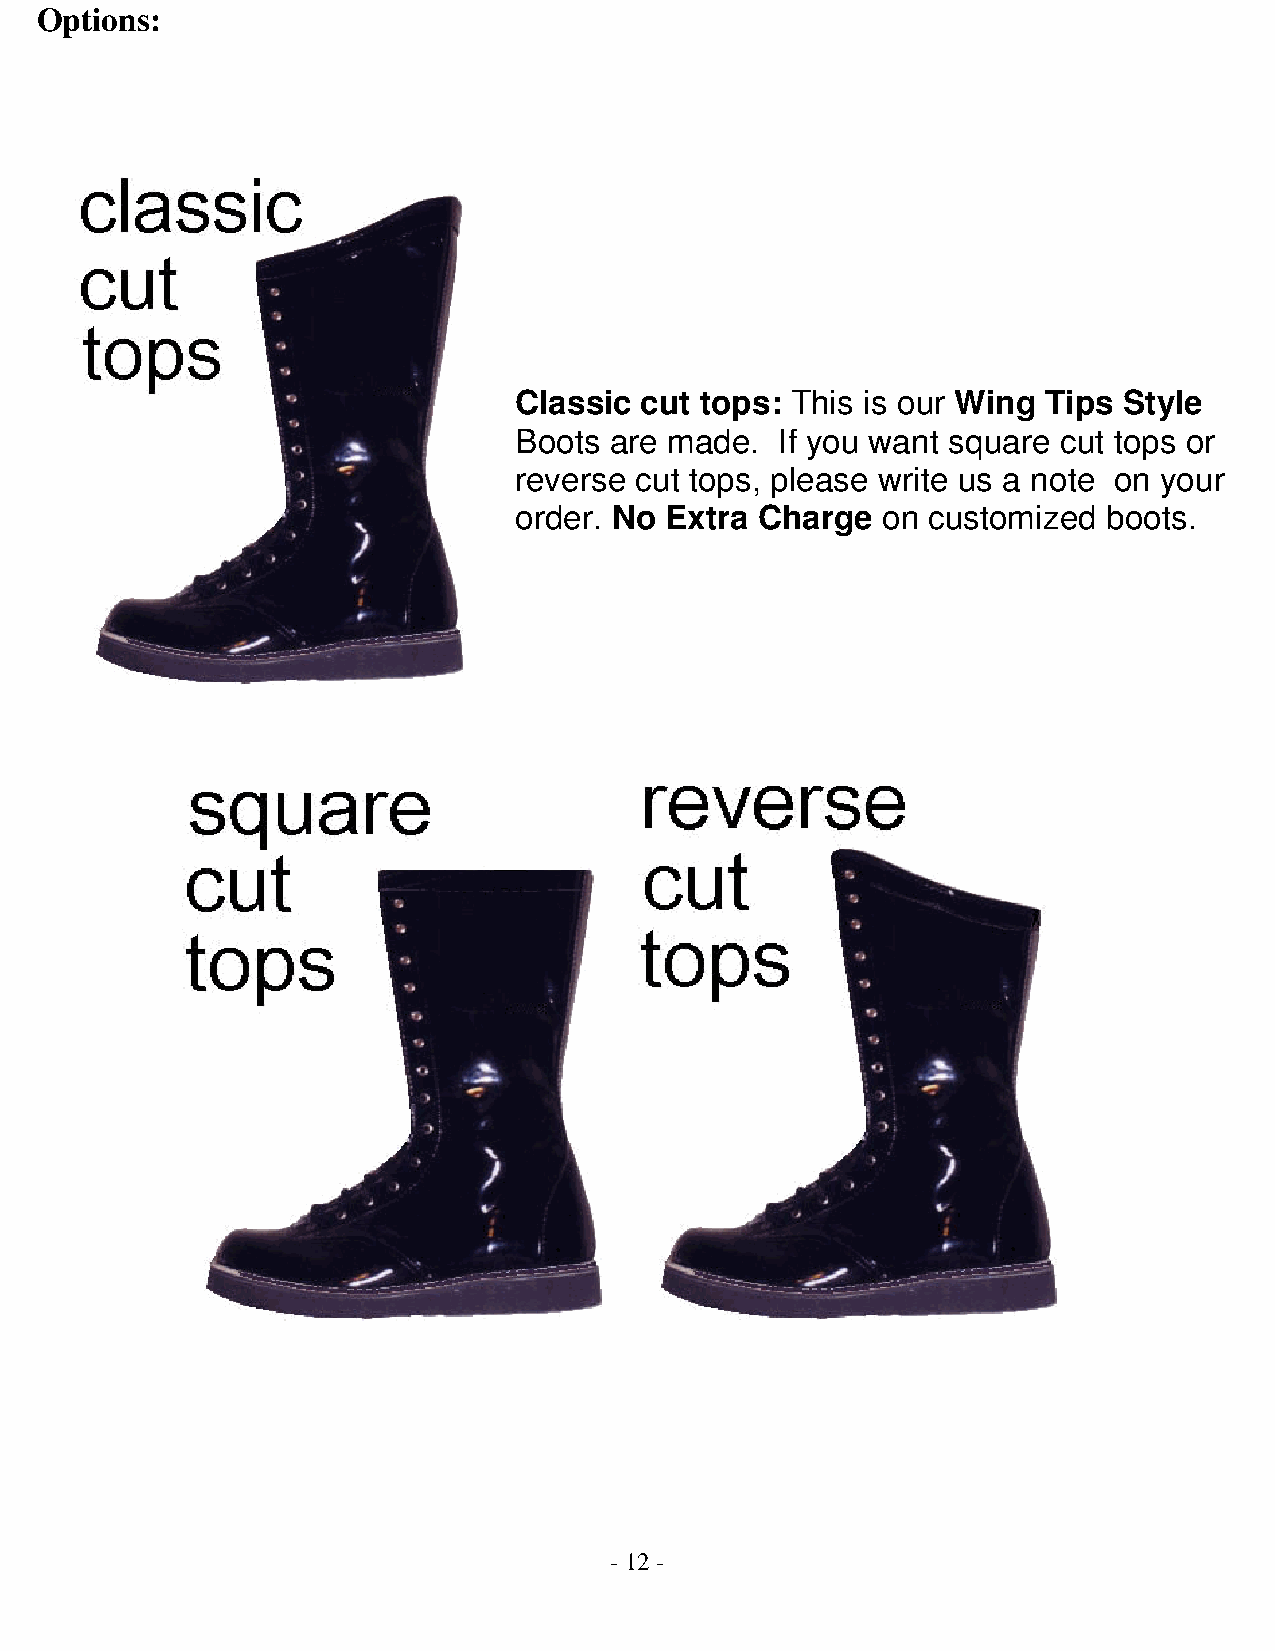
Options:
 Classic cut tops: This is our Wing Tips Style
 Boots are made.   If you want square cut tops or
 reverse cut tops, please write us a note on your
 order. No Extra Charge  on customized  boots.
 - 12 -